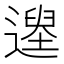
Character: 𨖽